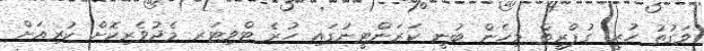
ވަގުތު ހުރީ ގުޕްރީތް މިހެން ބުނީ ކަރަންޓީނުގައި ހުރެ ޓްވިޓަރ މެދުވެރިކޮށް ކުރިއަށް